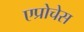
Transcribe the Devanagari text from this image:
एप्रोचेस